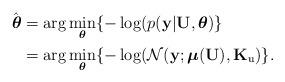
LaTeX: \begin{align*}\hat{\boldsymbol{\theta}} & =\arg\underset{\boldsymbol{\theta}}{\min}\{-\log(p(\mathbf{y}\vert\mathbf{U},\boldsymbol{\theta})\} \\ & =\arg\underset{\boldsymbol{\theta}}{\min}\{-\log(\mathcal{N}(\mathbf{y};\mathbf{\mathbb{\boldsymbol{\mu}}}(\mathbf{U}),\mathbf{K}_{\mathrm{u}})\}.\end{align*}